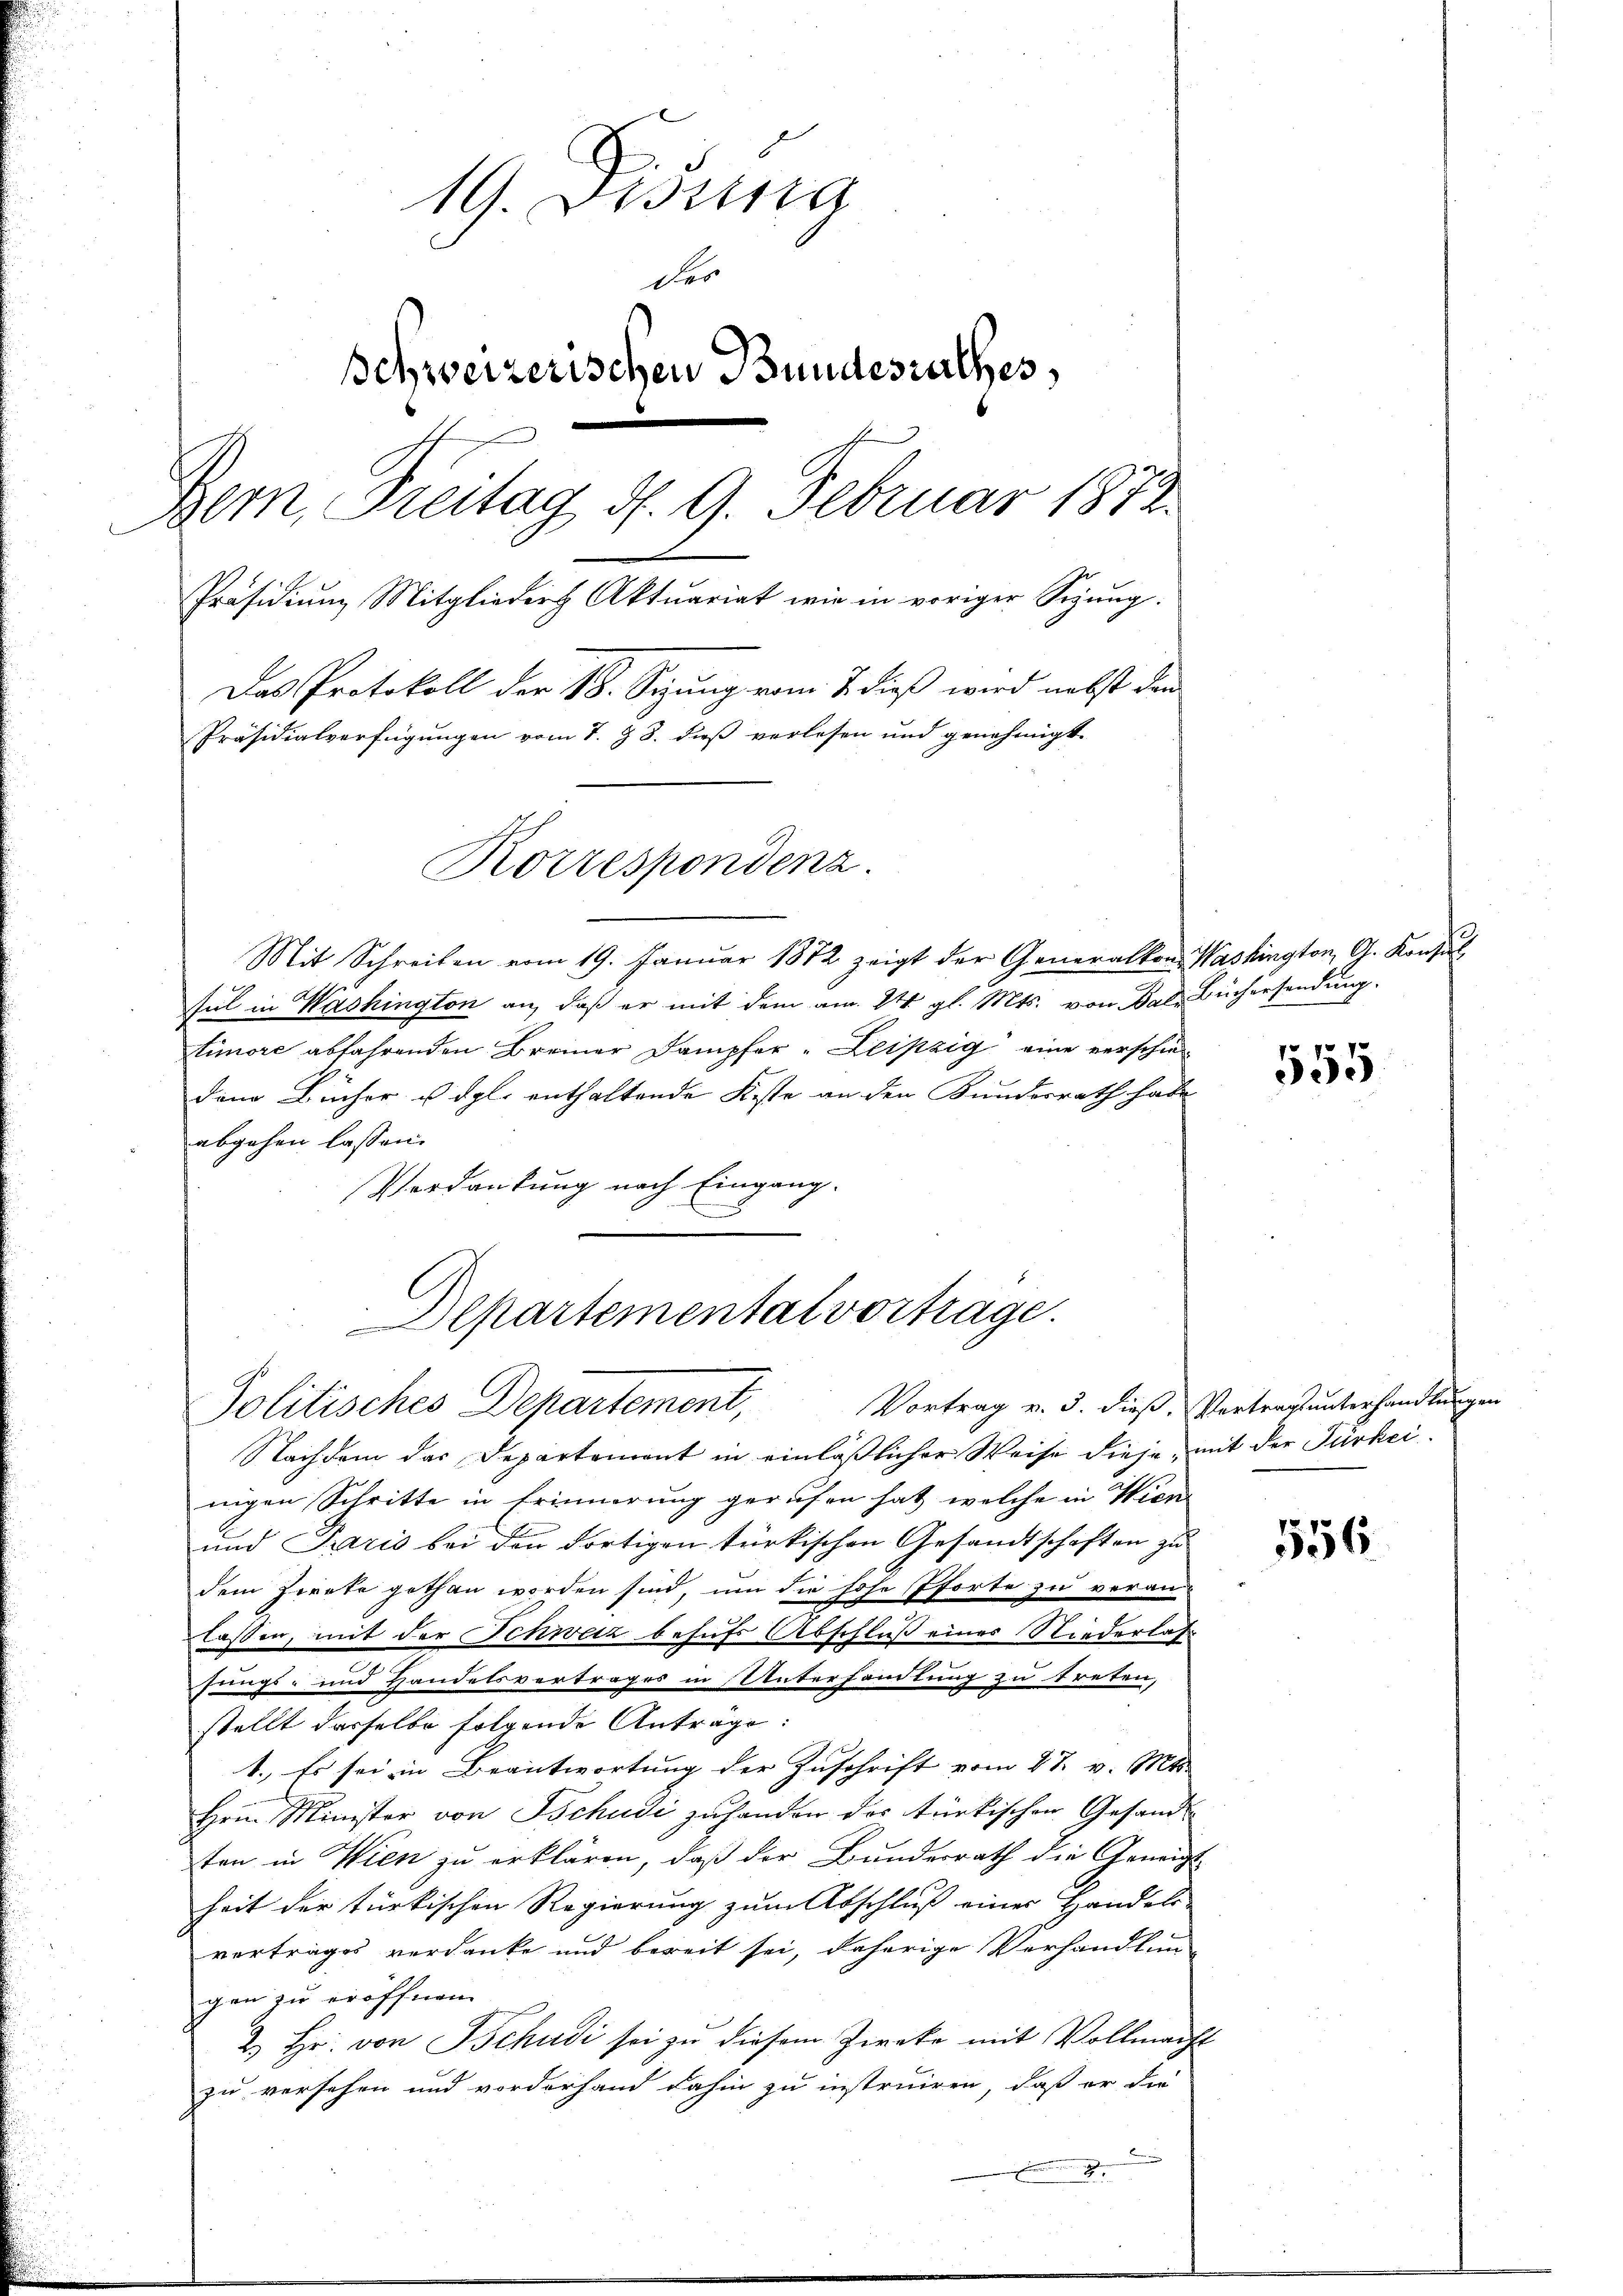
19. Dissen
der
Schweizerischen Bundesrathes,
Bern, Freitag d. 9. Februar 1872.
Präsidium Mitglieder Aktuariat wie in voriger Sigung.
Das Protokoll der 18. Syzung vom 7. dieß wird nebst den
Präsidialverfügungen vom 7. § 3. dieß verlesen und genehmigt.
Korrespondenz.

Mit Schreiben vom 19. Januar 1872 zeigt der Generalkon Washington, G. Konsul
sul in Washington an, daß er mit dem am 24. gl. Mts. von Bale Büchersendung.
timore abfahrenden Brenner Dampfer - Leipzig eine verschiedann Bücher u. dgl. enthaltende Feste an den Kundesrath habe
abgehen lassen.
Verdankung nach Eingang.
Nachdem das Departement in einläßlicher Weise diese, mit der Türkei-
nigen Schritte in Erinnerung gerufen hat, welche in Wien
und Paris bei den dortigen türkischen Gesandtschaften zu
dem Zwecke gethan worden sind, um die hohe Pforte zu veran-
lassen, mit der Schweiz behufs Abschluß eines Niederlas
.
sungs- und Handelsvertrages in Unterhandlung zu treten,
stellt dasselbe folgende Antrage:
1. Es sei in Beantwortung der Zuschrift vom 27. v. Mts.
Hrrn. Minister von Tschudi zuhanden des türkischen Gesandten in Wien zu erklären, daß der Bundesrath die Geneigtheit der türkischen Regierung zum Abschluß einer Handels-
vertrages verdanke und bereit sei, daherige Verhandlung
gen zu eröffnen.
2. Hr. von Tschudi sei zu diesem Zieko mit Vollmacht
zu versehen und vorderhand dahin zu instruiren, daß er die
n
2

Departemental vortrage.
Politisches Departement,

555

Vortrag v. 3. dieß, Vertrag unterhandlungen

556.